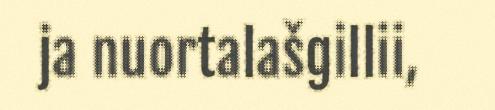
ja nuortalašgillii,